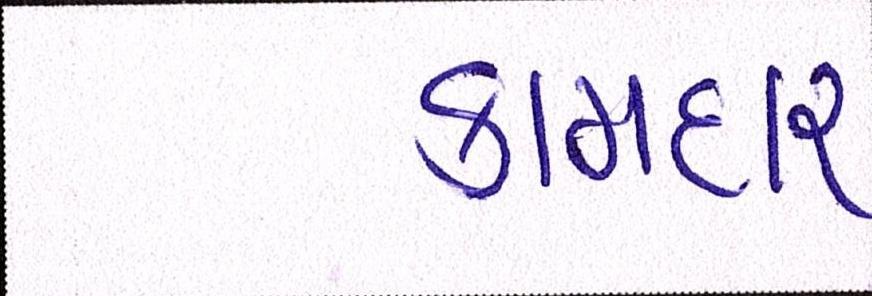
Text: કામદાર